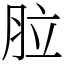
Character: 䏠